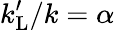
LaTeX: k_{\mathrm{L}}^{\prime}/k=\alpha